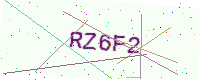
Text: RZ6F2